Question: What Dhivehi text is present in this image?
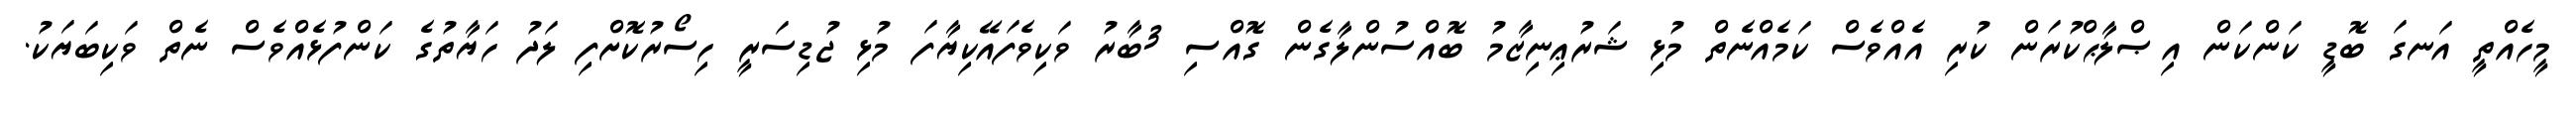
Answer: މީހެއްތީ އަނގަ ބޮޑީ ކަންކަން އިޞްލާޙްކުރަން ކުރި އެއްވެސް ކަމެއްނެތް މުޅި ޝަރުޢިނިޒާމު ބޮއްސުންލާގެން ގޮއްސި 3ބާރު ވަކިވެފައޭކިޔާފަ މުޅި ޖުޑިސަރީ ހިސޯރުކޮށްފި ލަދު ހަޔާތުގެ ކަންފުޅެއްވެސް ނެތް ވަކިބަޔަކު.